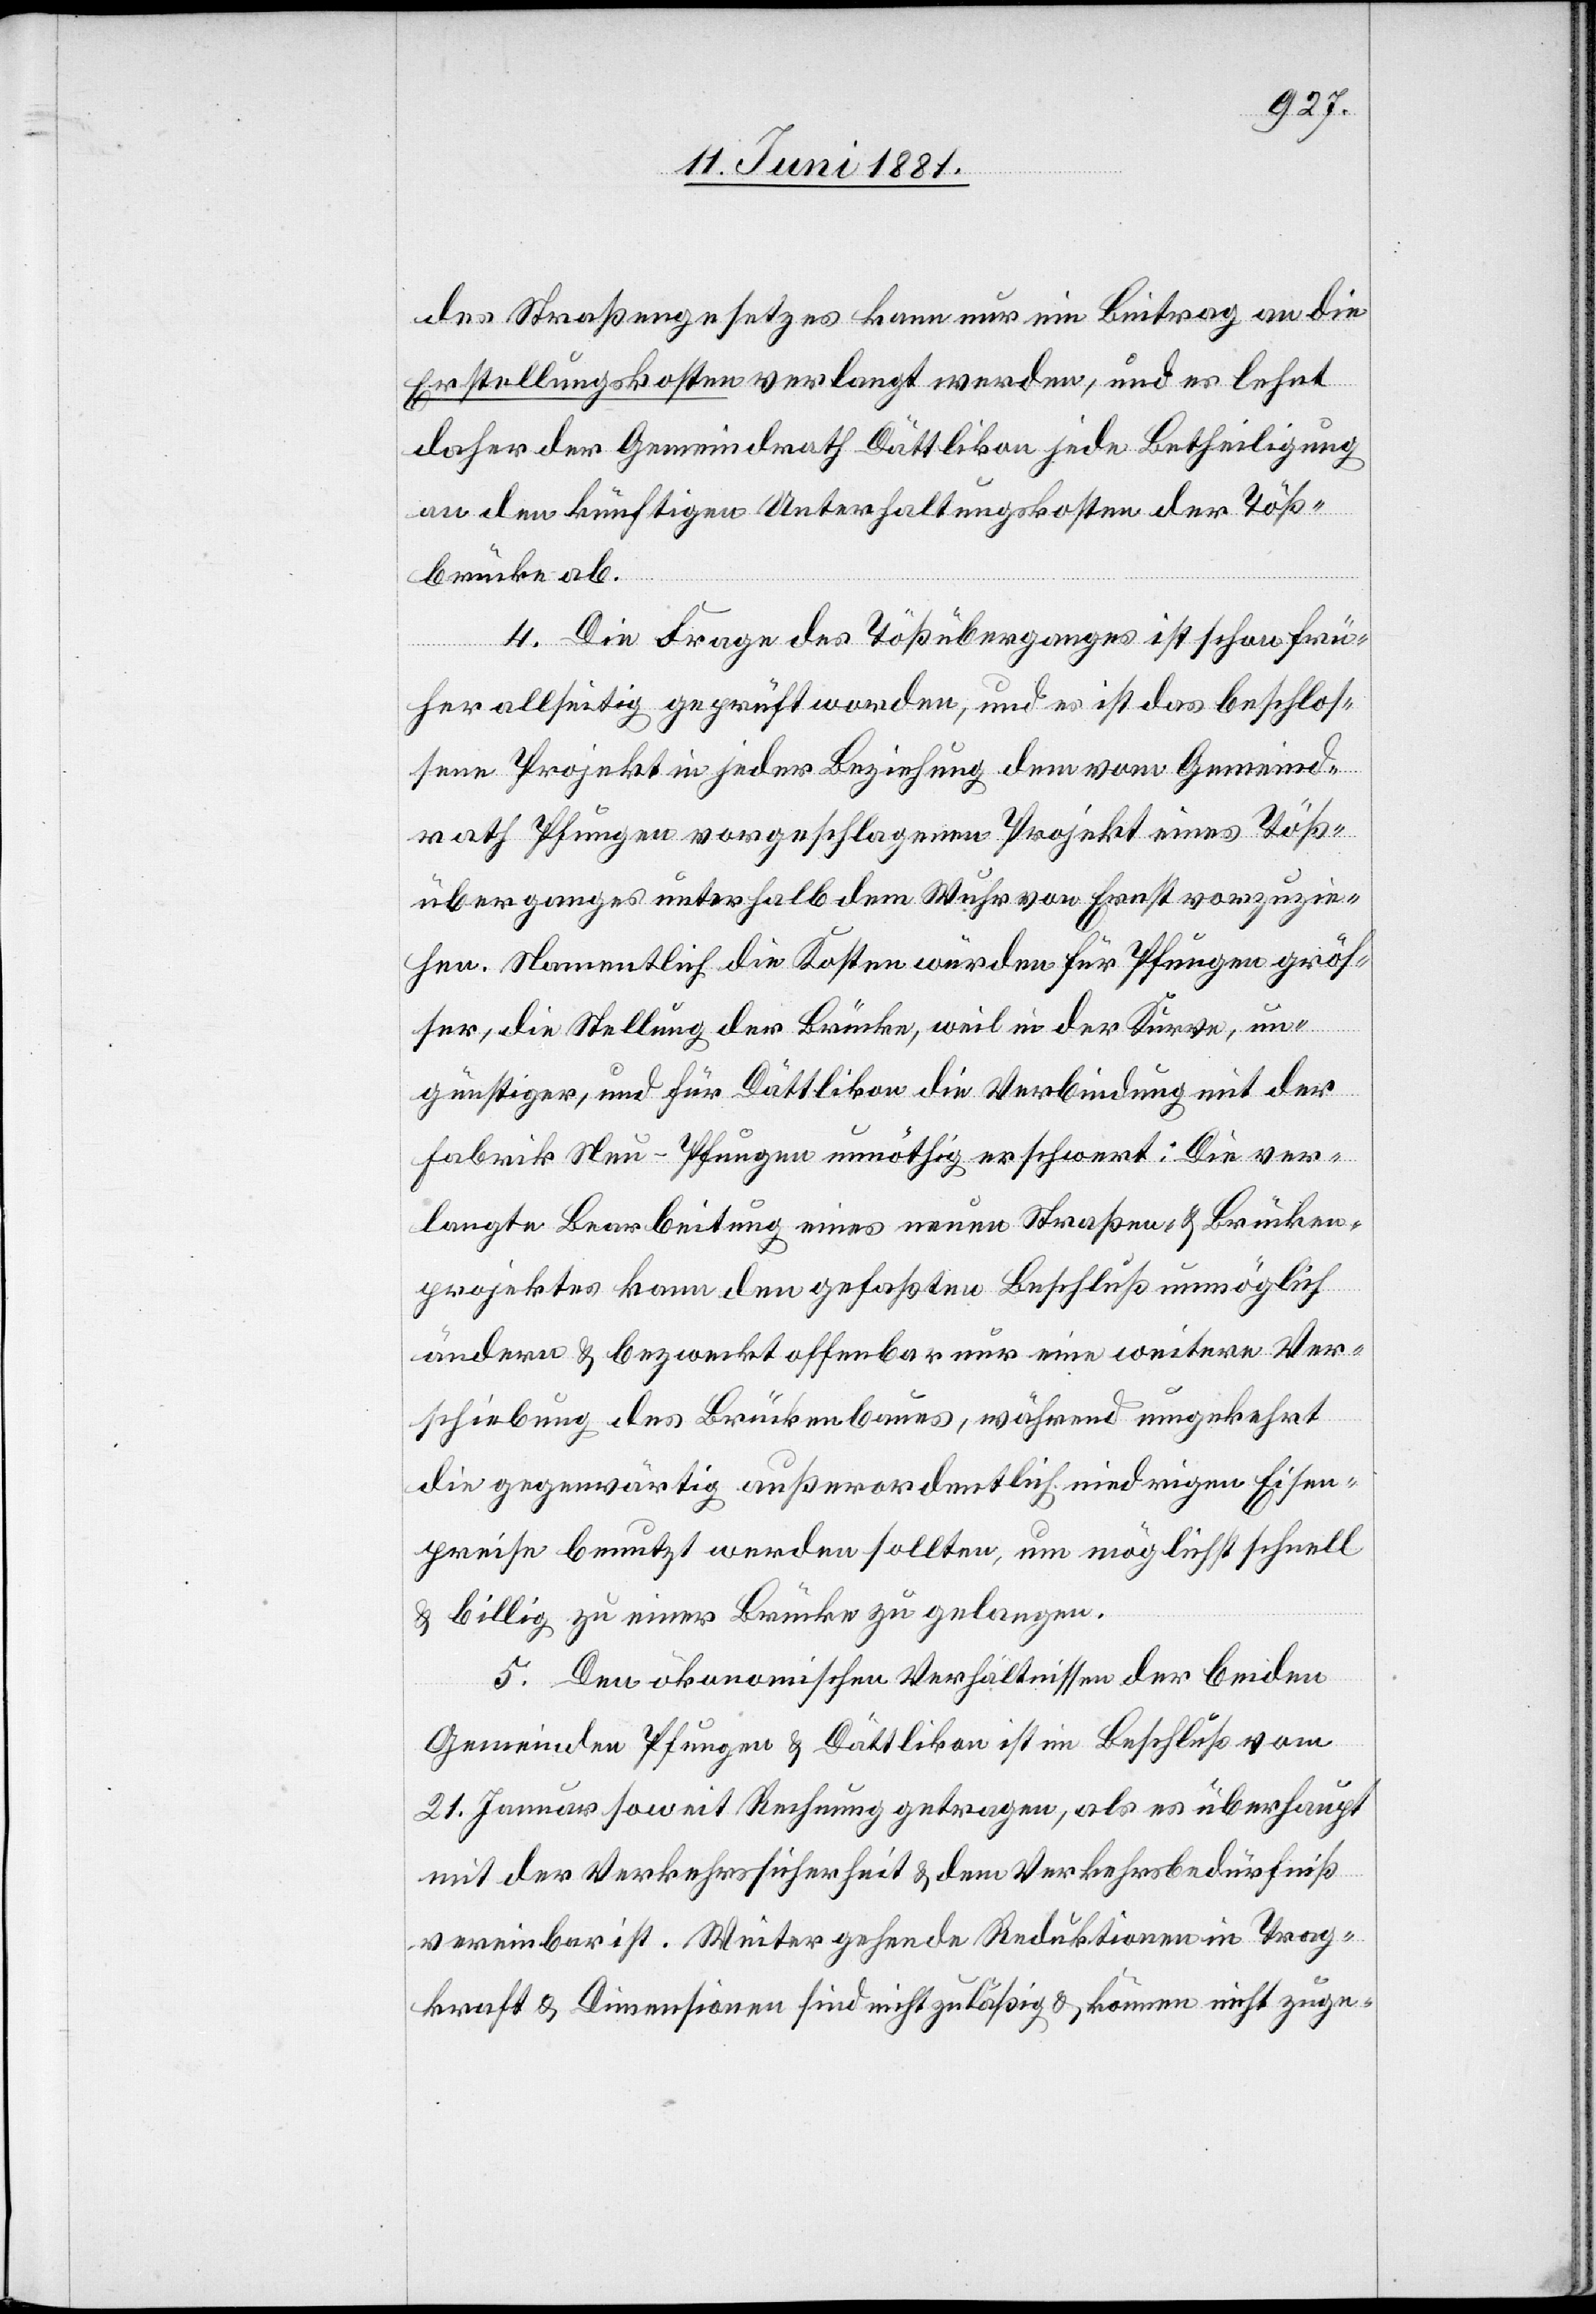
des Straßengesetzes kann nur ein Beitrag an die
Erstellungskosten verlangt werden, und es lehnt
daher der Gemeindrath Dättlikon jede Betheiligung
an den künftigen Unterhaltungskosten der Töß¬
brücke ab.
4. Die Frage des Tößüberganges ist schon frü¬
her allseitig geprüft worden, und es ist das beschlos¬
sene Projekt in jeder Beziehung dem vom Gemeind¬
rath Pfungen vorgeschlagenen Projekt eines Töß¬
überganges unterhalb dem Wuhr von Ernst vorzuzie¬
hen. Namentlich die Kosten würden für Pfungen größ¬
er, die Stellung der Brücke, weil in der Kurve, un¬
günstiger, und für Dättlikon die Verbindung mit der
Fabrik Neu-Pfungen unnöthig erschwert: Die ver¬
langte Bearbeitung eines neuen Straßen- & Brücken¬
projektes kann den gefaßten Beschluß unmöglich
ändern & bezweckt offenbar nur eine weitere Ver¬
schiebung des Brückenbaues, während umgekehrt
die gegenwärtig außerordentlich niedrigen Eisen¬
preise benutzt werden sollten, um möglichst schnell
& billig zu einer Brücke zu gelangen.
5. Den ökonomischen Verhältnissen der beiden
Gemeinden Pfungen & Dättlikon ist im Beschluß vom
21. Januar soweit Rechnung getragen, als es überhaupt
mit der Verkehrssicherheit & dem Verkehrsbedürfniß
vereinbar ist. Weiter gehende Reduktionen in Trag¬
kraft & Dimensionen sind nicht zuläßig & können nicht zuge-